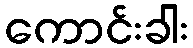
ကောင်းခါး